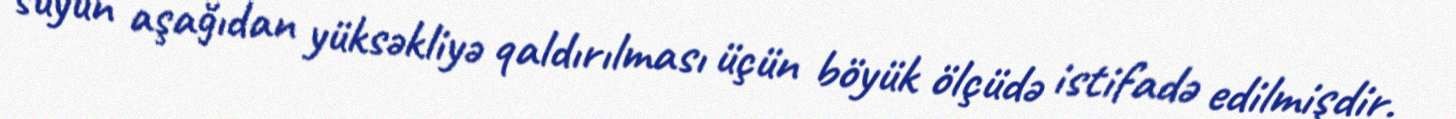
suyun aşağıdan yüksəkliyə qaldırılması üçün böyük ölçüdə istifadə edilmişdir.